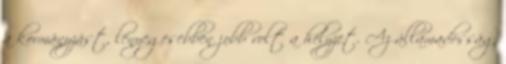
a kormányzást, lényegesebben jobb volt a helyzet. Az államadósság